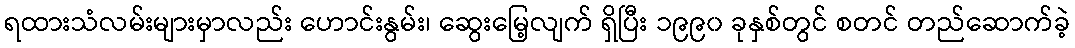
ရထားသံလမ်းများမှာလည်း ဟောင်းနွမ်း၊ ဆွေးမြေ့လျက် ရှိပြီး ၁၉၉၀ ခုနှစ်တွင် စတင် တည်ဆောက်ခဲ့